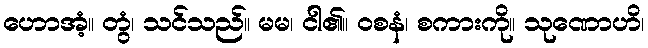
ဟောအံ့။ တွံ၊ သင်သည်။ မမ၊ ငါ၏။ ဝစနံ၊ စကားကို။ သုဏောဟိ၊